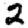
Digit: 2